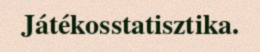
Játékosstatisztika.